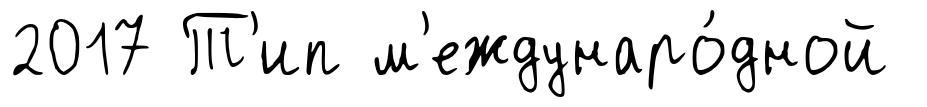
2017 Т'ип м'еждунаро́дной